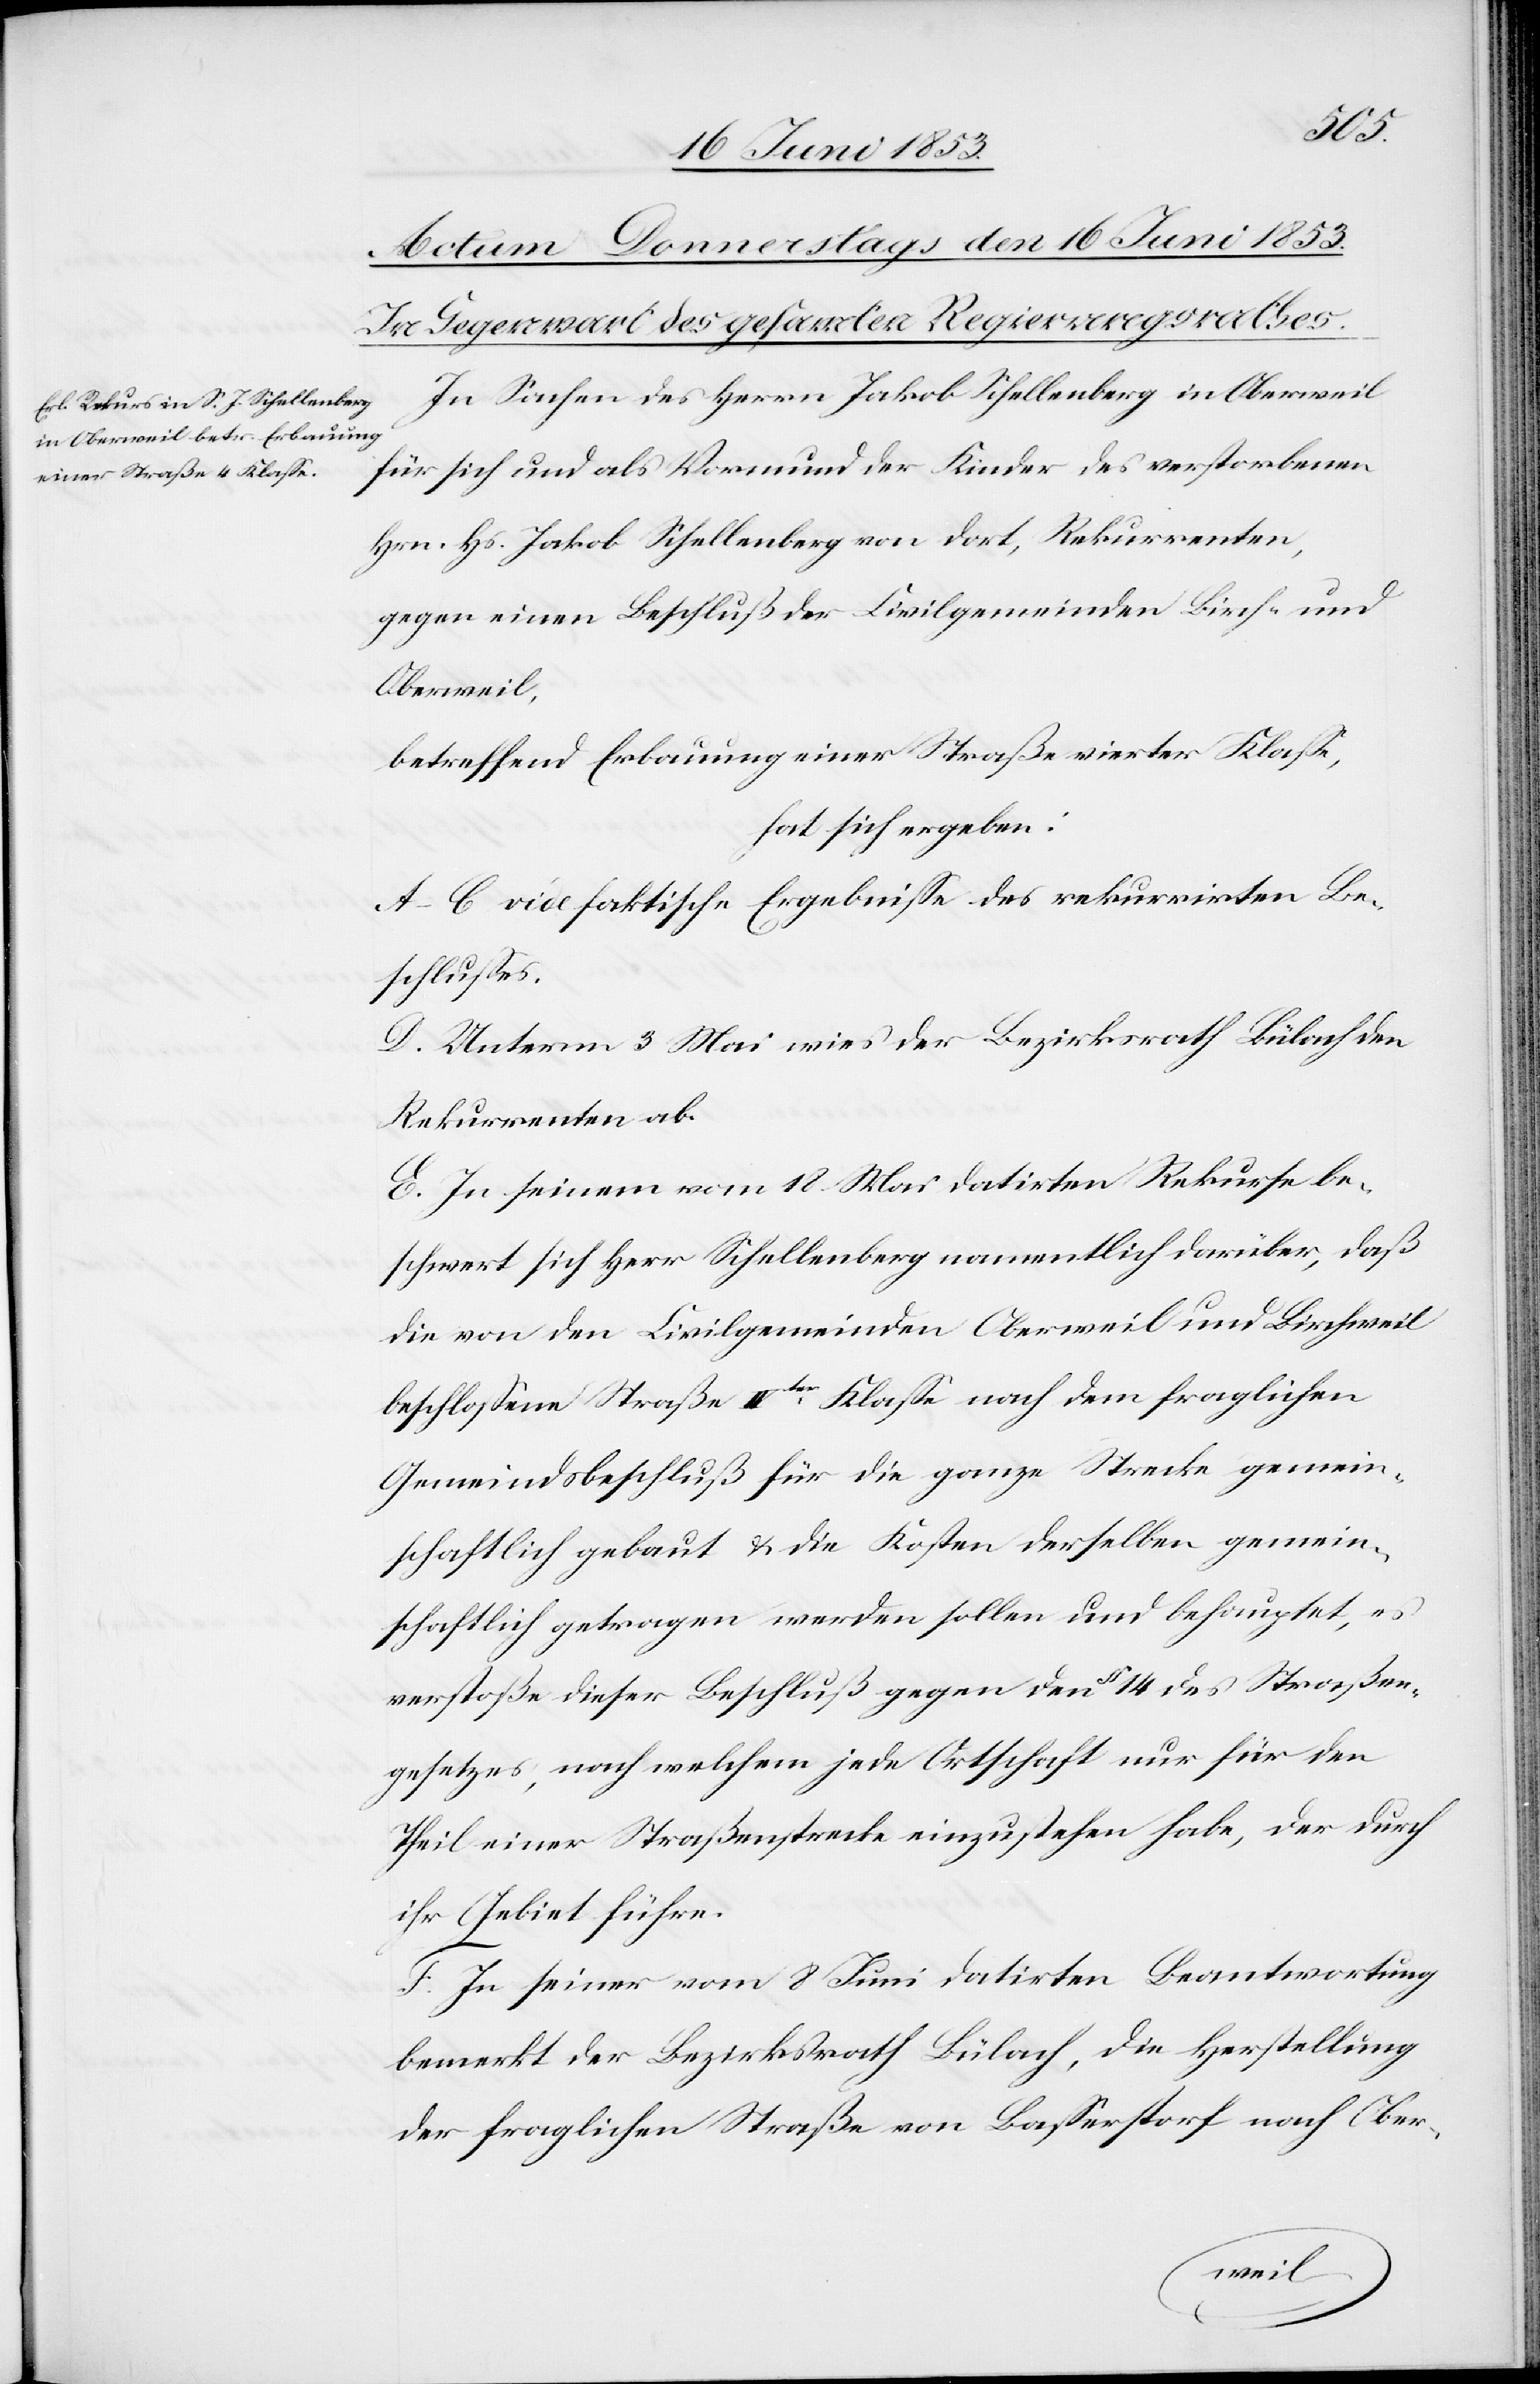
gemein¬
In Sachen des Herrn Jakob Schellenberg in Oberweil
für sich und als Vormund der Kinder des verstorbenen
Hrn. Hs. Jakob Schellenberg von dort, Rekurrenten,
gegen einen Beschluß der Civilgemeinde Birch- und
Oberweil,
betreffend Erbauung einer Straße vierter Klaße,
hat sich ergeben:
A–C. vide faktische Ergebniße des rekurrirten Be¬
schlußes.
D. Unterm 3 Mai wies der Bezirksrath Bülach den
Rekurrenten ab.
E. In seinem vom 18 Mai datirten Rekurse be¬
schwert sich Herr Schellenberg namentlich darüber, daß
die von den Civilgemeinden Oberweil und Birchweil
beschloßene Straße IVter. Klaße nach dem fraglichen
schaftlich getragen werden sollen und behauptet, es
verstoße dieser Beschluß gegen den § 14 des Straßen¬
gesetzes, nach welchem jede Ortschaft nur für den
Theil einer Straßenstrecke einzustehen habe, der durch
ihr Gebiet führe.
F. In seiner vom 8 Juni datirten Beantwortung
bemerkt der Bezirksrath Bülach, die Herstellung
der fraglichen Straße von Baßerstorf nach Ober-